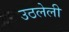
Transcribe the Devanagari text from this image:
उठलेली